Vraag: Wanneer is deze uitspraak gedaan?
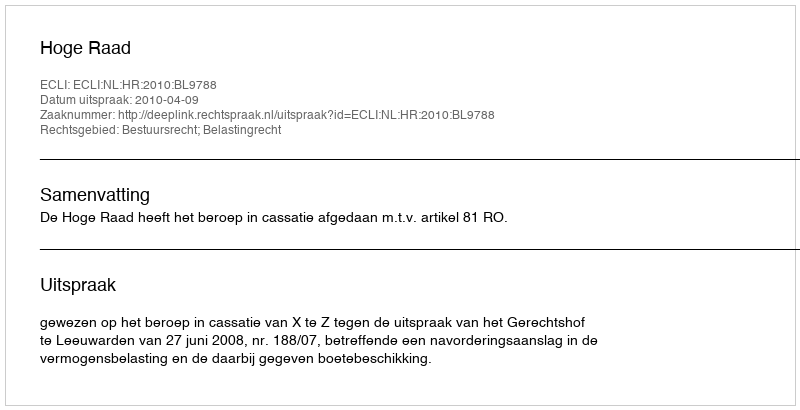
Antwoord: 2010-04-09